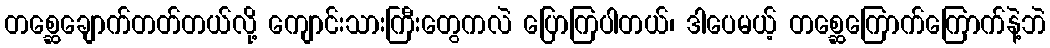
တစ္ဆေချောက်တတ်တယ်လို့ ကျောင်းသားကြီးတွေကလဲ ပြောကြပါတယ်၊ ဒါပေမယ့် တစ္ဆေကြောက်ကြောက်နဲ့ဘဲ